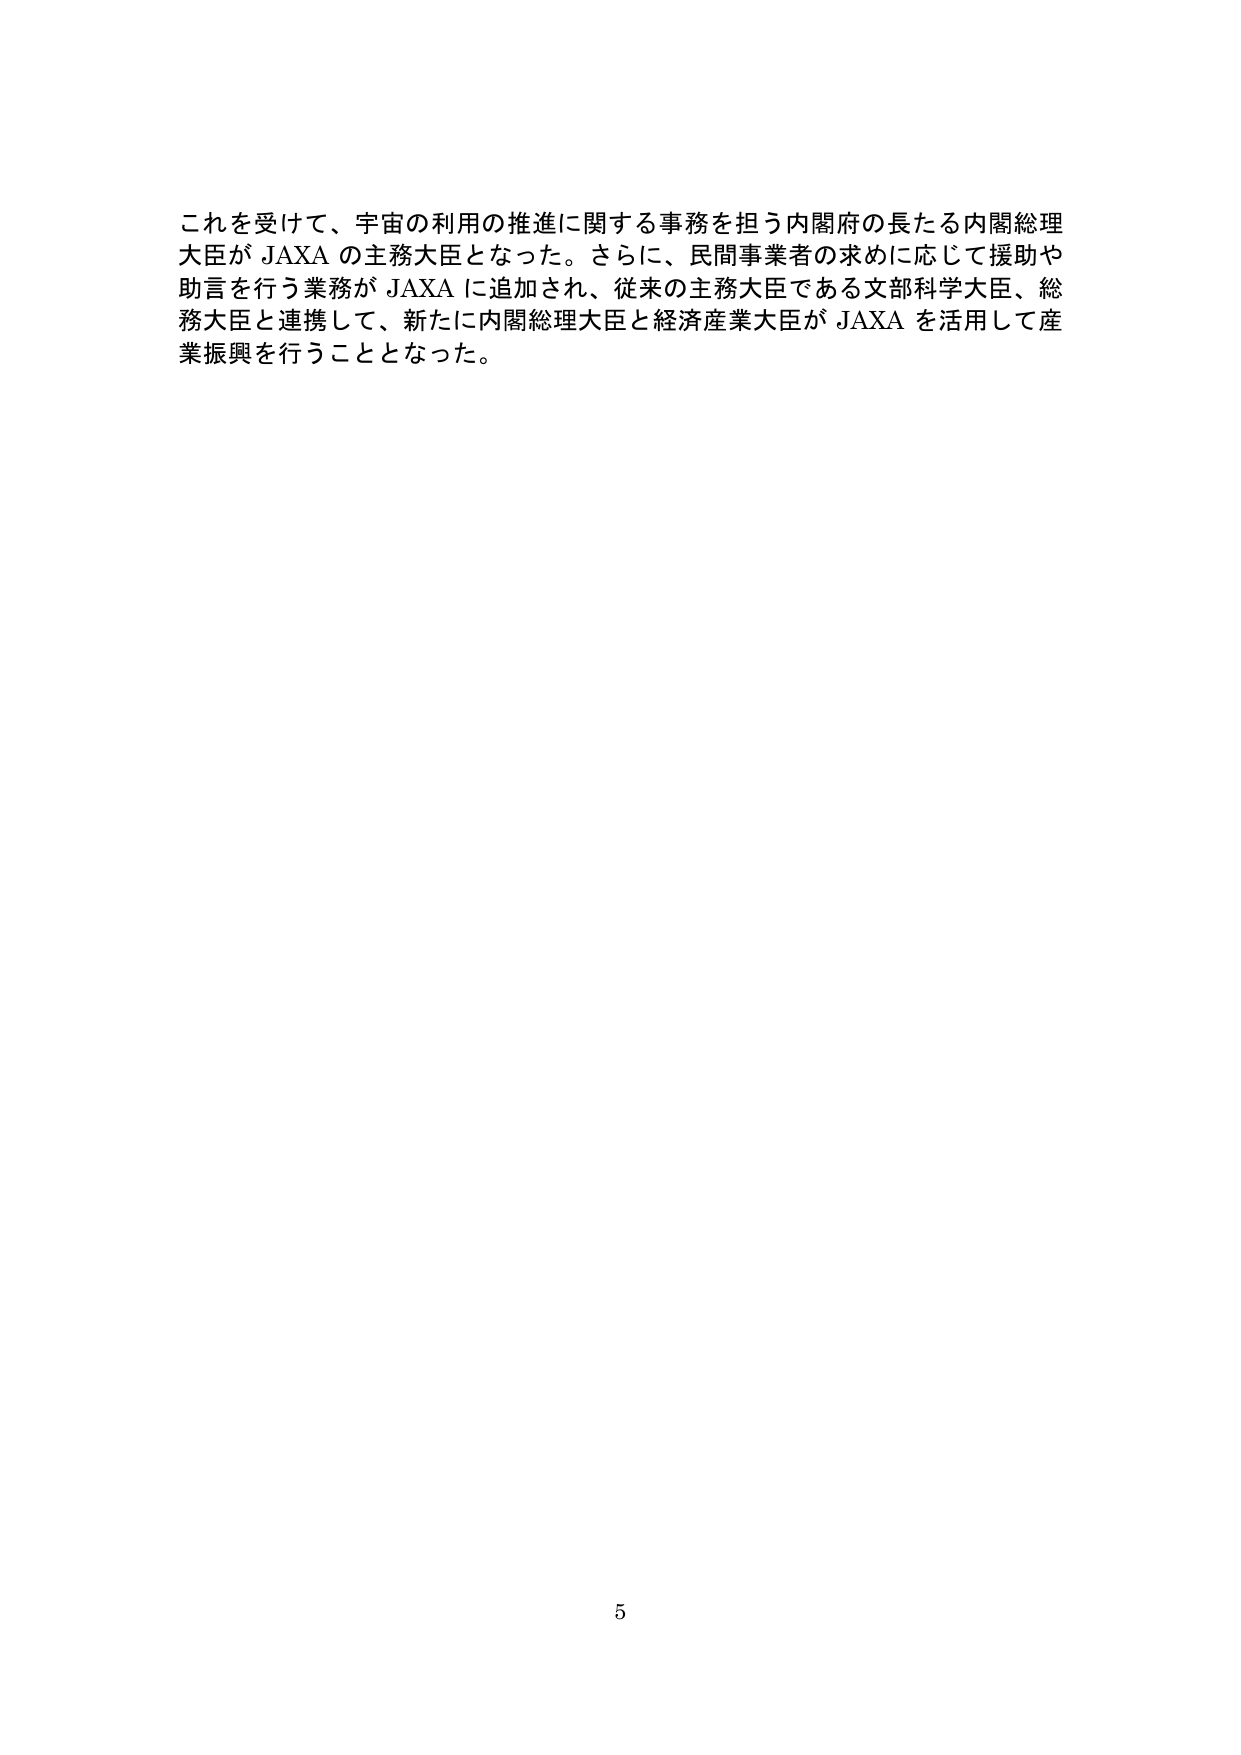
これを受けて、宇宙の利用の推進に関する事務を担う内閣府の長たる内閣総理大臣が JAXA の主務大臣となった。さらに、民間事業者の求めに応じて援助や助言を行う業務が JAXA に追加され、従来の主務大臣である文部科学大臣、総務大臣と連携して、新たに内閣総理大臣と経済産業大臣が JAXA を活用して産業振興を行うこととなった。

5